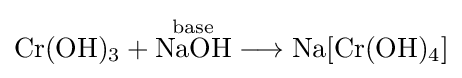
{\mathrm {Cr} (\mathrm {OH} ){\vphantom {A}}_{\smash[{t}]{3}}{}+{}{\overset {\mathrm {base} }{\mathrm {NaOH} }}{}\mathrel {\longrightarrow } {}\mathrm {Na} [\mathrm {Cr} (\mathrm {OH} ){\vphantom {A}}_{\smash[{t}]{4}}]}